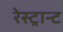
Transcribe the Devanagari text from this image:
रेस्ट्रान्ट